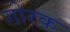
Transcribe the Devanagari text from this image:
गोरक